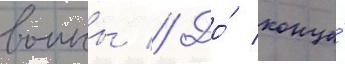
воины // До́ конца́